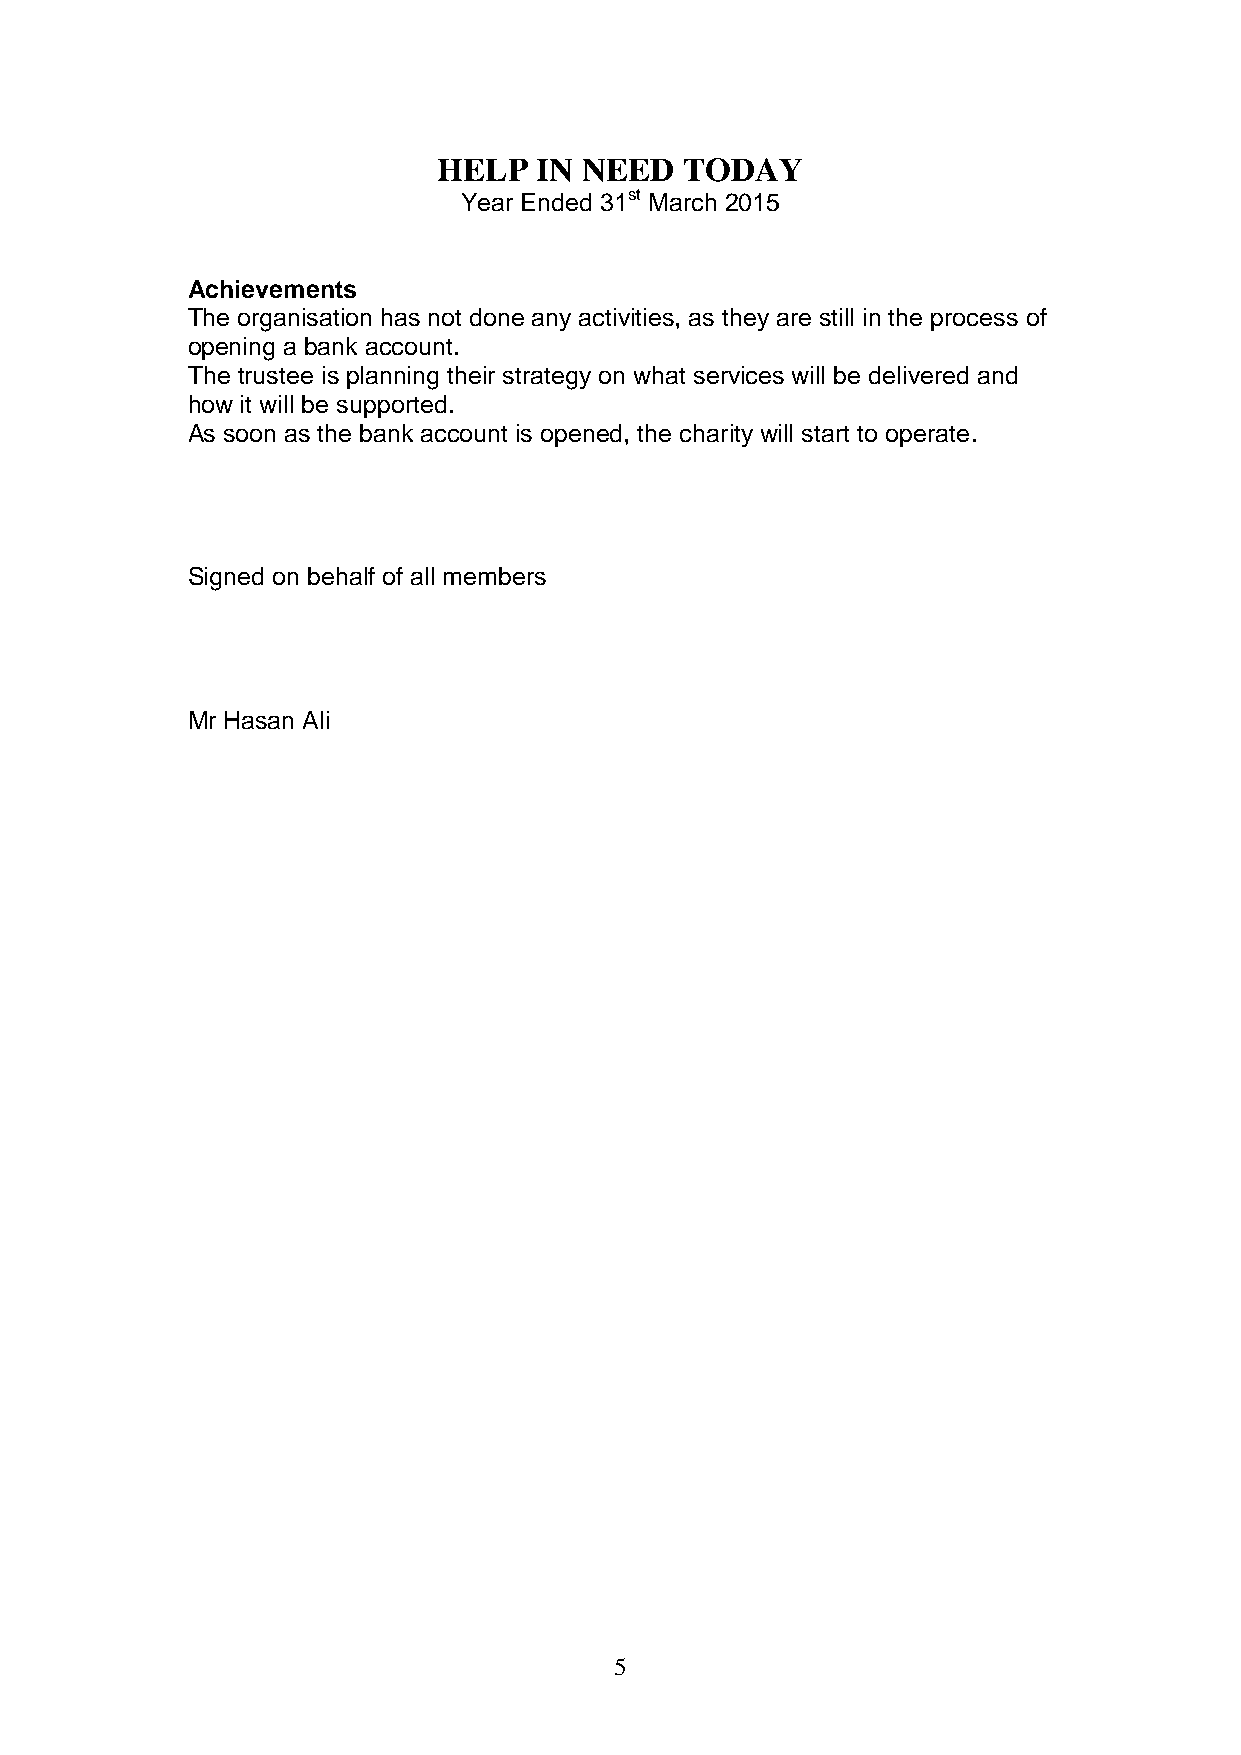
HELP  IN NEED   TODAY
 Year Ended 31st March 2015
 Achievements
 The organisation has not done any activities, as they are still in the process of
 opening a bank account.
 The trustee is planning their strategy on what services will be delivered and
 how it will be supported.
 As soon as the bank account is opened, the charity will start to operate.
 Signed on behalf of all members
 Mr Hasan Ali
 5